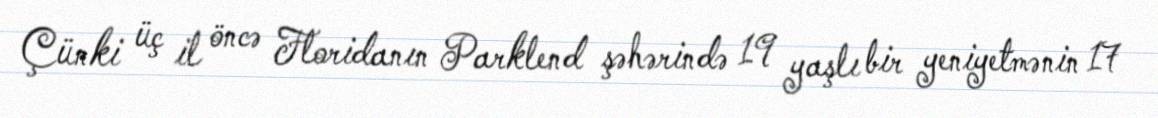
Çünki üç il öncə Floridanın Parklend şəhərində 19 yaşlı bir yeniyetmənin 17